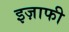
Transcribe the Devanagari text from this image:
इज़ाफी